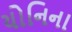
યોનિના